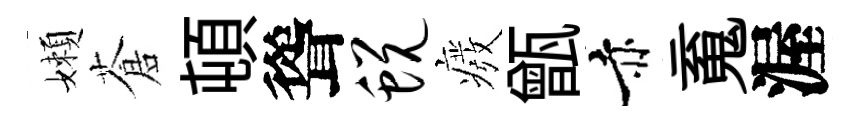
嬾蒼頓聳蜕癈甑赤䰟渥